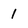
Character: 1